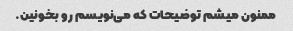
ممنون میشم توضیحات که می‌نویسم رو بخونین.